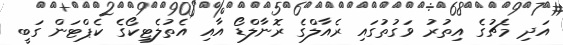
އަދި މެޗުގެ އިތުރު ވަގުތުގައި ރެއާލްގެ ރޮނާލްޑޯ އާއި އެތުލެޓިކޯގެ ކެޕްޓަން ގަބީ